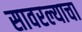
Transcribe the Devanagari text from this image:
सावरल्याचा